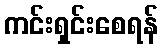
ကင်းရှင်းစေရန်